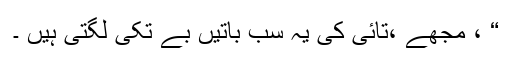
“ ، مجھے ،تائی کی یہ سب باتیں بے تکی لگتی ہیں ۔